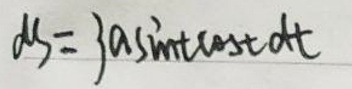
$d S = 3 a \sin' t \cos t d t$